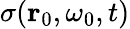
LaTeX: \sigma(\mathbf{r}_{0},\omega_{0},t)